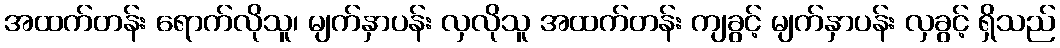
အထက်တန်း ရောက်လိုသူ၊ မျက်နှာပန်း လှလိုသူ အထက်တန်း ကျခွင့် မျက်နှာပန်း လှခွင့် ရှိသည်